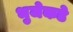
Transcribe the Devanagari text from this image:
भुजेकडे